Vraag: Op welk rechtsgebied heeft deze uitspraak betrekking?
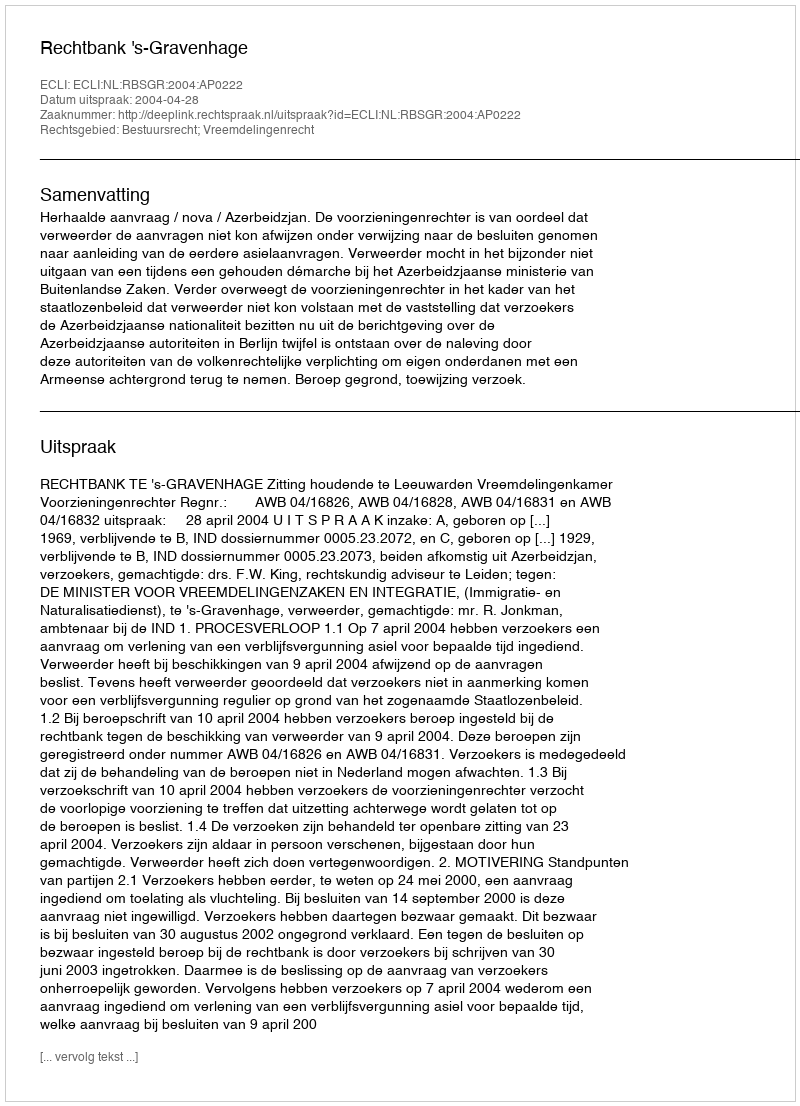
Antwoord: Bestuursrecht; Vreemdelingenrecht